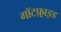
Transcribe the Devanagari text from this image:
गॉटफ़्राइड